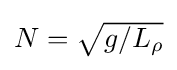
{\textstyle N={\sqrt {g/L_{\rho }}}}